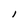
Character: l